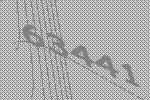
63441